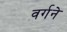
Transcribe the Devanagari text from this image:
वर्गने